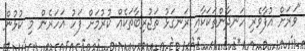
"ވަރަށް އުފާވެރި ހަނދާންތަކަކާއި ރަނގަޅު ތަޖުރިބާތަކެއް ކުރުމަށް ފަހު އަހަރެން މި ކުޅުން